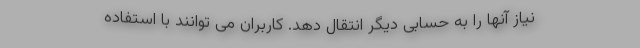
نیاز آنها را به حسابی دیگر انتقال دهد. کاربران می توانند با استفاده